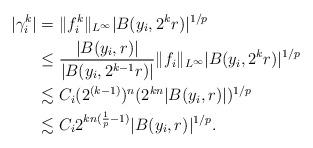
LaTeX: \begin{align*}|\gamma_{i}^{k}| &= \|f_{i}^{k}\|_{L^{\infty}} |B(y_{i},2^{k}r)|^{1/p}\\&\leq \frac{|B(y_{i},r)|}{|B(y_{i},2^{k-1}r)|} \|f_{i}\|_{L^{\infty}} |B(y_{i},2^{k}r)|^{1/p}\\&\lesssim C_{i} (2^{(k-1)})^{n} (2^{kn} |B(y_{i},r)|)^{1/p}\\&\lesssim C_{i} 2^{kn(\frac{1}{p} -1)} |B(y_{i},r)|^{1/p}.\\\end{align*}